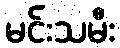
မင်းသမီး